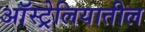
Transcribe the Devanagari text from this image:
अाॅस्ट्रेलियातील